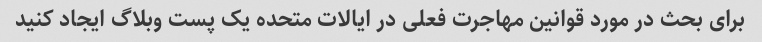
برای بحث در مورد قوانین مهاجرت فعلی در ایالات متحده یک پست وبلاگ ایجاد کنید